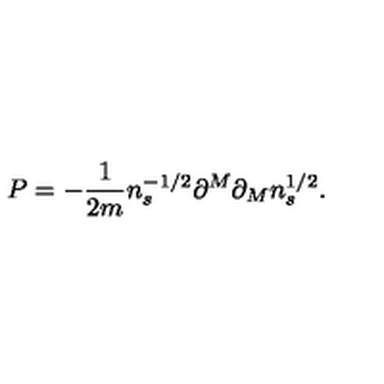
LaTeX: P = - \frac { 1 } { 2 m } n _ { s } ^ { - 1 / 2 } \partial ^ { M } \partial _ { M } n _ { s } ^ { 1 / 2 } .